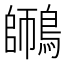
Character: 𪄜